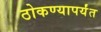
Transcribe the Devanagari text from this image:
ठोकण्यापर्यंत